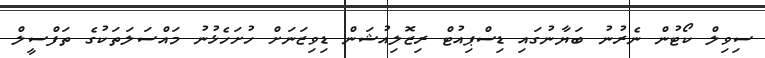
ސިވިލް ކޯޓުން ނެރުނު ބަޔާނުގައި ޑިސްޕިއުޓް ރިޒޮލިއުޝަން ޑިވިޒަނަށް ހުށަހެޅުނު މައްސަލަތަކުގެ ތަފްސީލް